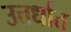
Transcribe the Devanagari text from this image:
उत्तर्धात